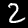
Label: 2